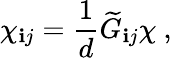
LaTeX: \chi_{\mathbf{i}j}={\frac{{1}}{{d}}}{\widetilde{G}}_{\mathbf{i}j}\chi~,